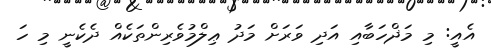
އެއީ: މި މަޛްހަބާއި އަދި ވަރަށް މަދު ޢިލްމުވެރިންތަކެއް ދެކެނީ މި ހަ